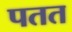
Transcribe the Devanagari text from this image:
पतत